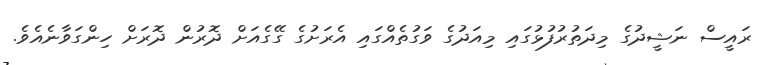
ރައީސް ނަޝީދުގެ މިދަތުރުފުޅުގައި މިއަދުގެ ވަގުތެއްގައި އެރަށުގެ ގޭގެއަށް ދޮރުން ދޮރަށް ހިންގަވާނެއެވެ.